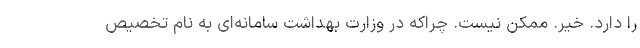
را دارد. خیر. ممکن نیست. چرا‌که در وزارت بهداشت سامانه‌ای به نام تخصیص